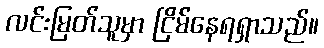
လင်းမြတ်သူမှာ ငြိမ်နေရရှာသည်။